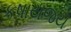
કષાયજય